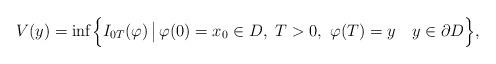
LaTeX: \begin{align*}V(y) = \inf \Bigl\{ I_{0T}(\varphi) \, \bigl\vert \, \varphi(0) = x_0 \in D, \,\, T > 0, \,\, \varphi(T) = y \,\,\, \,\,\, y \in \partial D \Bigr\},\end{align*}